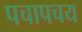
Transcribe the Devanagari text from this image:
पचापचय